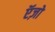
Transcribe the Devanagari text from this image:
ऍज़ो